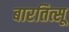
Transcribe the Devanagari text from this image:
बारतित्सू